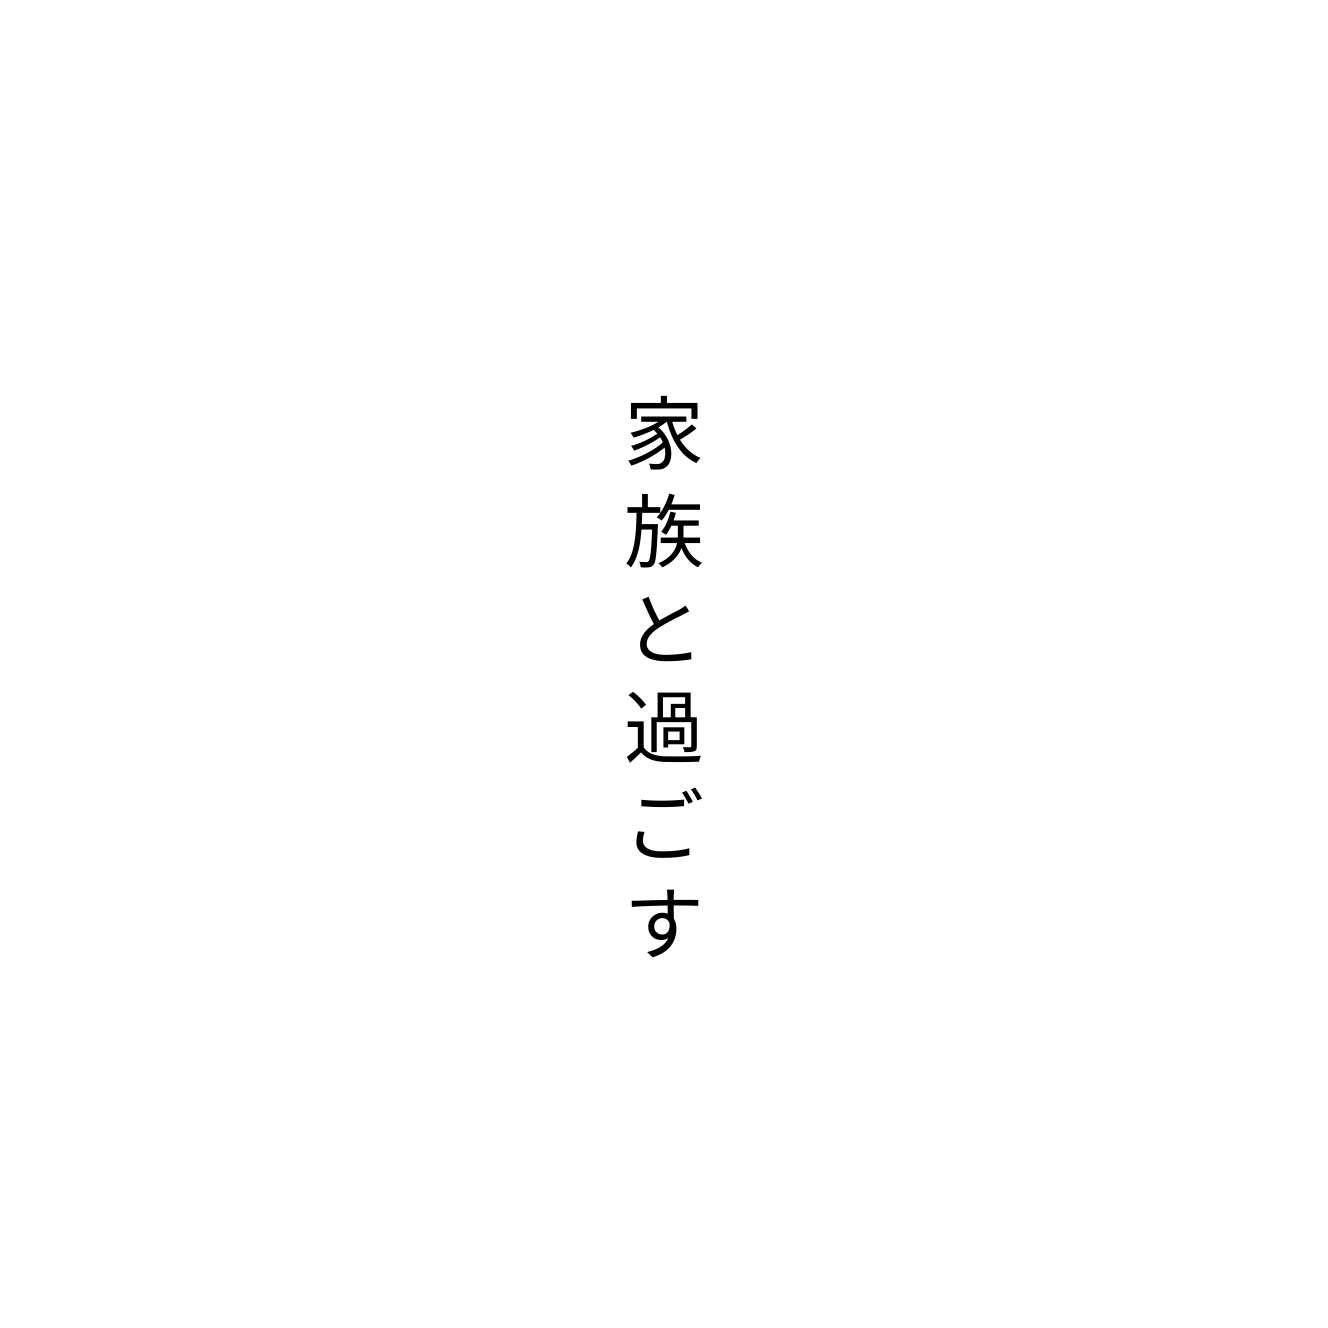
家族と過ごす